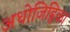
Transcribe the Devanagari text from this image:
अधोजिह्विका